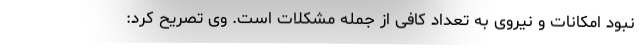
نبود امکانات و نیروی به تعداد کافی از جمله مشکلات است. وی تصریح کرد: